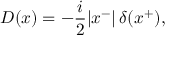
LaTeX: { \cal D } ( x ) = - \frac { i } { 2 } | x ^ { - } | \, \delta ( x ^ { + } ) ,